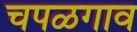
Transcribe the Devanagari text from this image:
चपळगाव